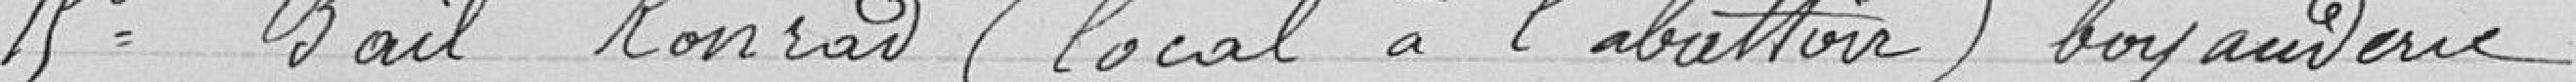
15° Bail Konrad (local à l'abattoir) boyanderie